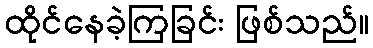
ထိုင်နေခဲ့ကြခြင်း ဖြစ်သည်။